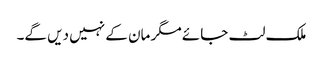
ملک لٹ جائے مگر مان کے نہیں دیں گے۔